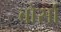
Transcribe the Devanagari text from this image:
बोर्सा